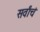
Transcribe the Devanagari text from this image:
सर्वांचं